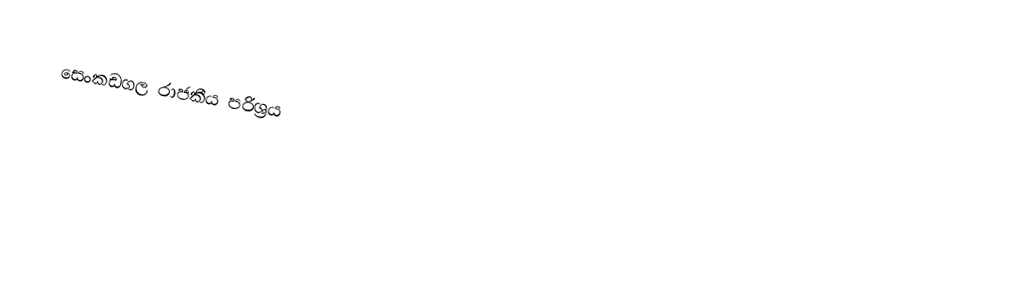
සෙංකඩගල රාජකීය පරිශ්‍රය